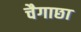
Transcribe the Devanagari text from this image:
चैगाछा